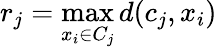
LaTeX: r_{j}=\operatorname*{max}_{x_{i}\in C_{j}}d(c_{j},x_{i})